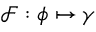
\mathcal { F } : \phi \mapsto \gamma